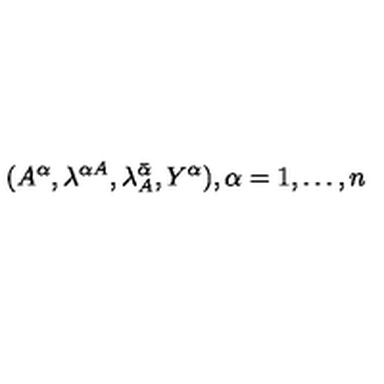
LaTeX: ( A ^ { \alpha } , \lambda ^ { \alpha A } , \lambda _ { A } ^ { \bar { \alpha } } , Y ^ { \alpha } ) , \alpha = 1 , \ldots , n